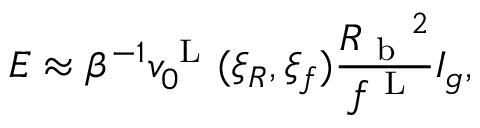
E \approx \beta ^ { - 1 } v _ { 0 } ^ { \mathrm { ~ L ~ } } ( \xi _ { R } , \xi _ { f } ) \frac { { R _ { \mathrm { ~ b ~ } } } ^ { 2 } } { f ^ { \mathrm { ~ L ~ } } } I _ { g } ,